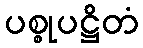
ပစ္စုပဋ္ဌိတံ